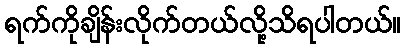
ရက်ကိုချိန်းလိုက်တယ်လို့သိရပါတယ်။